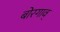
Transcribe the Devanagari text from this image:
बोरगाव्